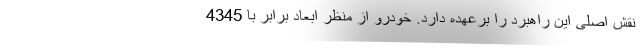
نقش اصلی این راهبرد را برعهده دارد. خودرو از منظر ابعاد برابر با 4345